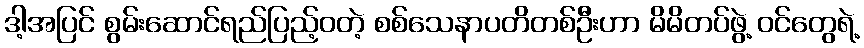
ဒါ့အပြင် စွမ်းဆောင်ရည်ပြည့်ဝတဲ့ စစ်သေနာပတိတစ်ဦးဟာ မိမိတပ်ဖွဲ့ ဝင်တွေရဲ့